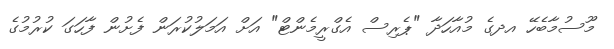
މޫސުމާބެހޭ އދގެ މުއާހަދާ "ޕެރިސް އެގްރީމެންޓް" އަށް އަމަލުކުރަން ފެށުން ފާހަގަ ކުރުމުގެ